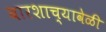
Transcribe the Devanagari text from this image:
बारशाच्यावेळी